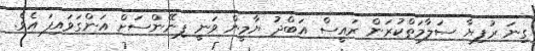
ގިނަ ރުފިޔާ ސަލާމަތްކުރަން ރައީސް އަބްދު ޔާމީން ވަނީ ފިނޭންސަށް އަންގަވައިފަ އެވެ.